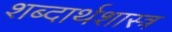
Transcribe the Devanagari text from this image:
शब्दार्थशास्त्र